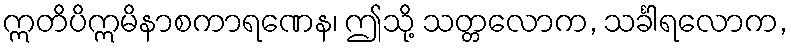
ဣတိပိဣမိနာစကာရဏေန၊ ဤသို့ သတ္တလောက, သင်္ခါရလောက,